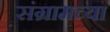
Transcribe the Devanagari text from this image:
संग्रामच्या